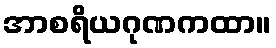
အာစရိယဂုဏကထာ။